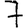
Digit: 7